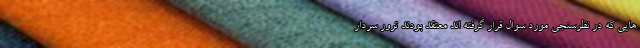
هایی که در نظرسنجی مورد سوال قرار گرفته اند معتقد بودند ترور سردار